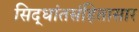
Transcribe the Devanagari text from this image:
सिद्धांतसंहितासार